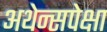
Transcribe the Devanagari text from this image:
अथेन्सपेक्षा